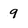
Character: 9